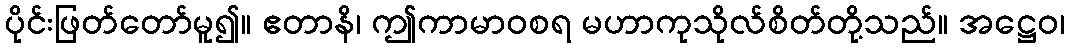
ပိုင်းဖြတ်တော်မူ၍။ ဧတာနိ၊ ဤကာမာဝစရ မဟာကုသိုလ်စိတ်တို့သည်။ အဋ္ဌေဝ၊